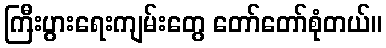
ကြီးပွားရေးကျမ်းတွေ တော်တော်စုံတယ်။